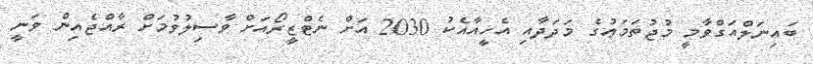
ބައިނަލްއަގްވާމީ މުޖުތަމަޢުގެ މަދަދާއި އެހީއާއެކު 2030 އަށް ނެޓްޒީރޯއަށް ވާސިލުވުމަށް ރާއްޖެއިން ވަނީ